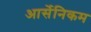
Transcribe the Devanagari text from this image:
आर्सेनिकम